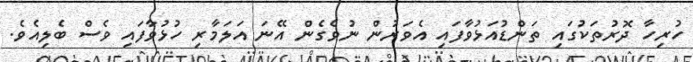
ހުރިހާ ދޮރުތަކުގައި ތަންޑުއަޅުވާފައި އެވަރުން ނުވެގެން އޭނަ އަލަމާރި ހުޅުވާފައި ވެސް ބެލިއެވެ.